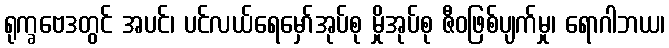
ရုက္ခဗေဒတွင် အပင်၊ ပင်လယ်ရေမှော်အုပ်စု မှိုအုပ်စု ဇီဝဖြစ်ပျက်မှု၊ ရောဂါဘယ၊